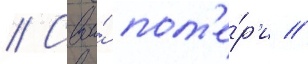
// Свои́ пот'е́р'и //